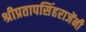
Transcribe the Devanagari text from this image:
श्रीप्रतापसिंहराजेंनी